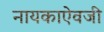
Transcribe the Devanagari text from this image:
नायकाऐवजी